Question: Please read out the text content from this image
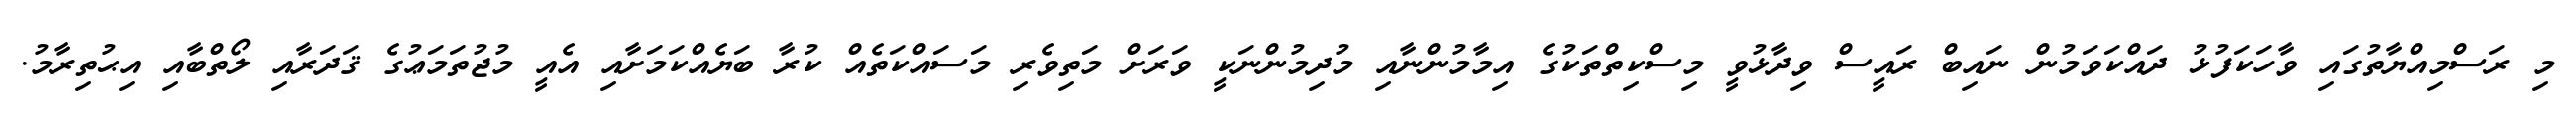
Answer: މި ރަސްމިއްޔާތުގައި ވާހަކަފުޅު ދައްކަވަމުން ނައިބް ރައީސް ވިދާޅުވީ މިސްކިތްތަކުގެ އިމާމުންނާއި މުދިމުންނަކީ ވަރަށް މަތިވެރި މަސައްކަތެއް ކުރާ ބަޔެއްކަމަށާއި އެއީ މުޖުތަމަޢުގެ ޤަދަރާއި ލޯތްބާއި އިޙުތިރާމު.